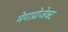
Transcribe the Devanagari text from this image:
मेगाप्रोजेक्ट